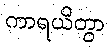
ကာရယိတွာ